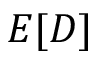
E [ D ]